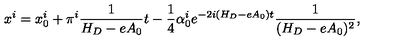
x ^ { i } = x _ { 0 } ^ { i } + \pi ^ { i } \frac 1 { H _ { D } - e A _ { 0 } } t - \frac 1 4 \alpha _ { 0 } ^ { i } e ^ { - 2 i ( H _ { D } - e A _ { 0 } ) t } \frac 1 { ( H _ { D } - e A _ { 0 } ) ^ { 2 } } ,